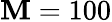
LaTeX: \mathbf{M}=100